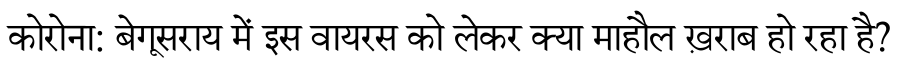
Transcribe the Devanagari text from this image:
कोरोना: बेगूसराय में इस वायरस को लेकर क्या माहौल ख़राब हो रहा है?